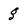
Character: g